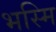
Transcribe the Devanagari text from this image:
भस्मि